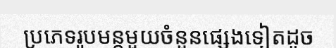
ប្រភេទរូបមន្តមួយចំនួនផ្សេងទៀតដូច